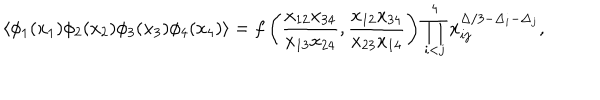
LaTeX: \langle \phi _ { 1 } ( x _ { 1 } ) \phi _ { 2 } ( x _ { 2 } ) \phi _ { 3 } ( x _ { 3 } ) \phi _ { 4 } ( x _ { 4 } ) \rangle = f \left( \frac { x _ { 1 2 } x _ { 3 4 } } { x _ { 1 3 } x _ { 2 4 } } , \frac { x _ { 1 2 } x _ { 3 4 } } { x _ { 2 3 } x _ { 1 4 } } \right) \prod _ { i < j } ^ { 4 } x _ { i j } ^ { \Delta / 3 - \Delta _ { i } - \Delta _ { j } } ,